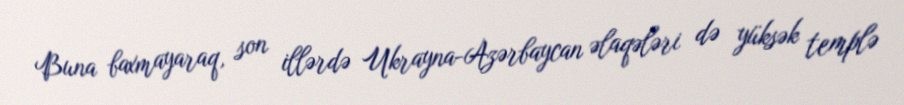
Buna baxmayaraq, son illərdə Ukrayna-Azərbaycan əlaqələri də yüksək templə